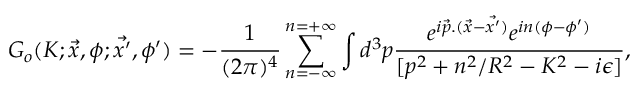
G _ { o } ( K ; \vec { x } , \phi ; \vec { x ^ { \prime } } , \phi ^ { \prime } ) = - \frac { 1 } { ( 2 \pi ) ^ { 4 } } \sum _ { n = - \infty } ^ { n = + \infty } \int d ^ { 3 } p \frac { e ^ { i \vec { p } . ( \vec { x } - \vec { x ^ { \prime } } ) } e ^ { i n ( \phi - \phi ^ { \prime } ) } } { [ p ^ { 2 } + n ^ { 2 } / R ^ { 2 } - K ^ { 2 } - i \epsilon ] } ,